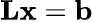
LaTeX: \mathbf{L}\mathbf{x}=\mathbf{b}